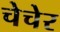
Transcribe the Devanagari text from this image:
चेचेर